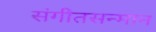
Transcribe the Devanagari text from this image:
संगीतसन्मान